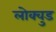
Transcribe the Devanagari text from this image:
लोक्वुड